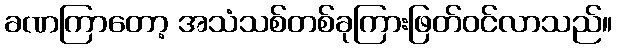
ခဏကြာတော့ အသံသစ်တစ်ခုကြားဖြတ်ဝင်လာသည်။